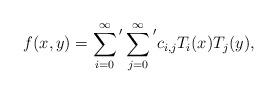
LaTeX: \begin{align*}f(x,y)=\sum_{i = 0}^{\infty}{\vphantom{\sum}}'\sum_{j = 0}^{\infty}{\vphantom{\sum}}'c_{i,j}T_i(x)T_j(y),\end{align*}